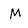
Character: M